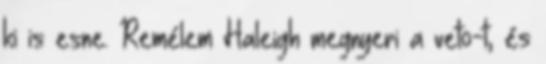
ki is esne. Remélem Haleigh megnyeri a veto-t, és